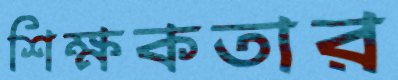
শিক্ষকতার